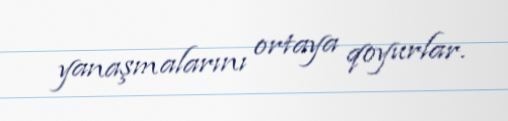
yanaşmalarını ortaya qoyurlar.